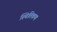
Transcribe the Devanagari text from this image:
स्थितिकण